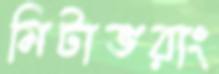
মিটাভরাং